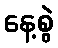
နေ့စွဲ